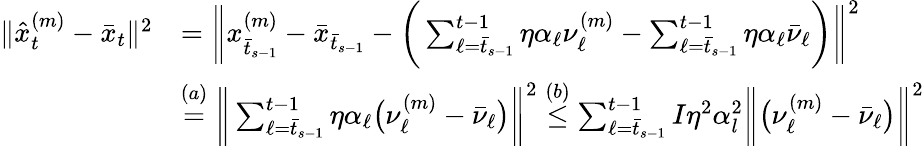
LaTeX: \begin{array}{rl}{\| \hat{x}_{t}^{(m)}-\bar{x}_{t}\| ^{2}}&{=\bigg\| x_{\bar{t}_{s-1}}^{(m)}-\bar{x}_{\bar{t}_{s-1}}-\bigg(\sum_{\ell=\bar{t}_{s-1}}^{t-1}\eta\alpha_{\ell}\nu_{\ell}^{(m)}-\sum_{\ell=\bar{t}_{s-1}}^{t-1}\eta\alpha_{\ell}\bar{\nu}_{\ell}\bigg)\bigg\| ^{2}}\\ &{\overset{(a)}{=}\bigg\| \sum_{\ell=\bar{t}_{s-1}}^{t-1}\eta\alpha_{\ell}\big(\nu_{\ell}^{(m)}-\bar{\nu}_{\ell}\big)\bigg\| ^{2}\overset{(b)}{\leq}\sum_{\ell=\bar{t}_{s-1}}^{t-1}I\eta^{2}\alpha_{l}^{2}\bigg\| \big(\nu_{\ell}^{(m)}-\bar{\nu}_{\ell}\big)\bigg\| ^{2}}\end{array}